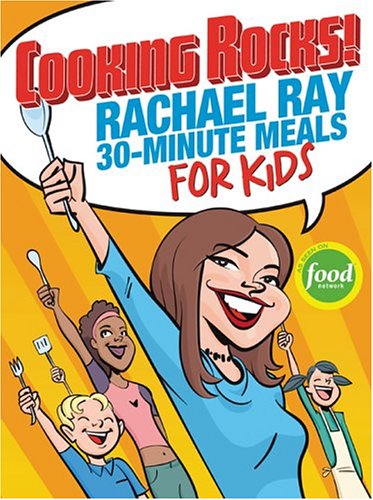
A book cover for Cooking Rocks! Rachael Ray 30-Minute Meals for Kids; Rachael Ray; Teen & Young Adult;